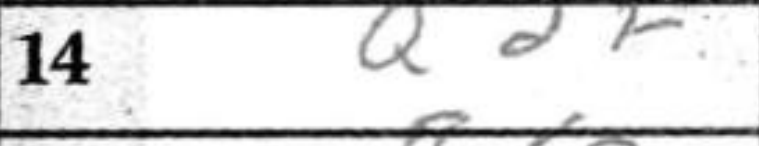
Transcription: Q2f